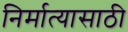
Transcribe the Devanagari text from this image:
निर्मात्यासाठी